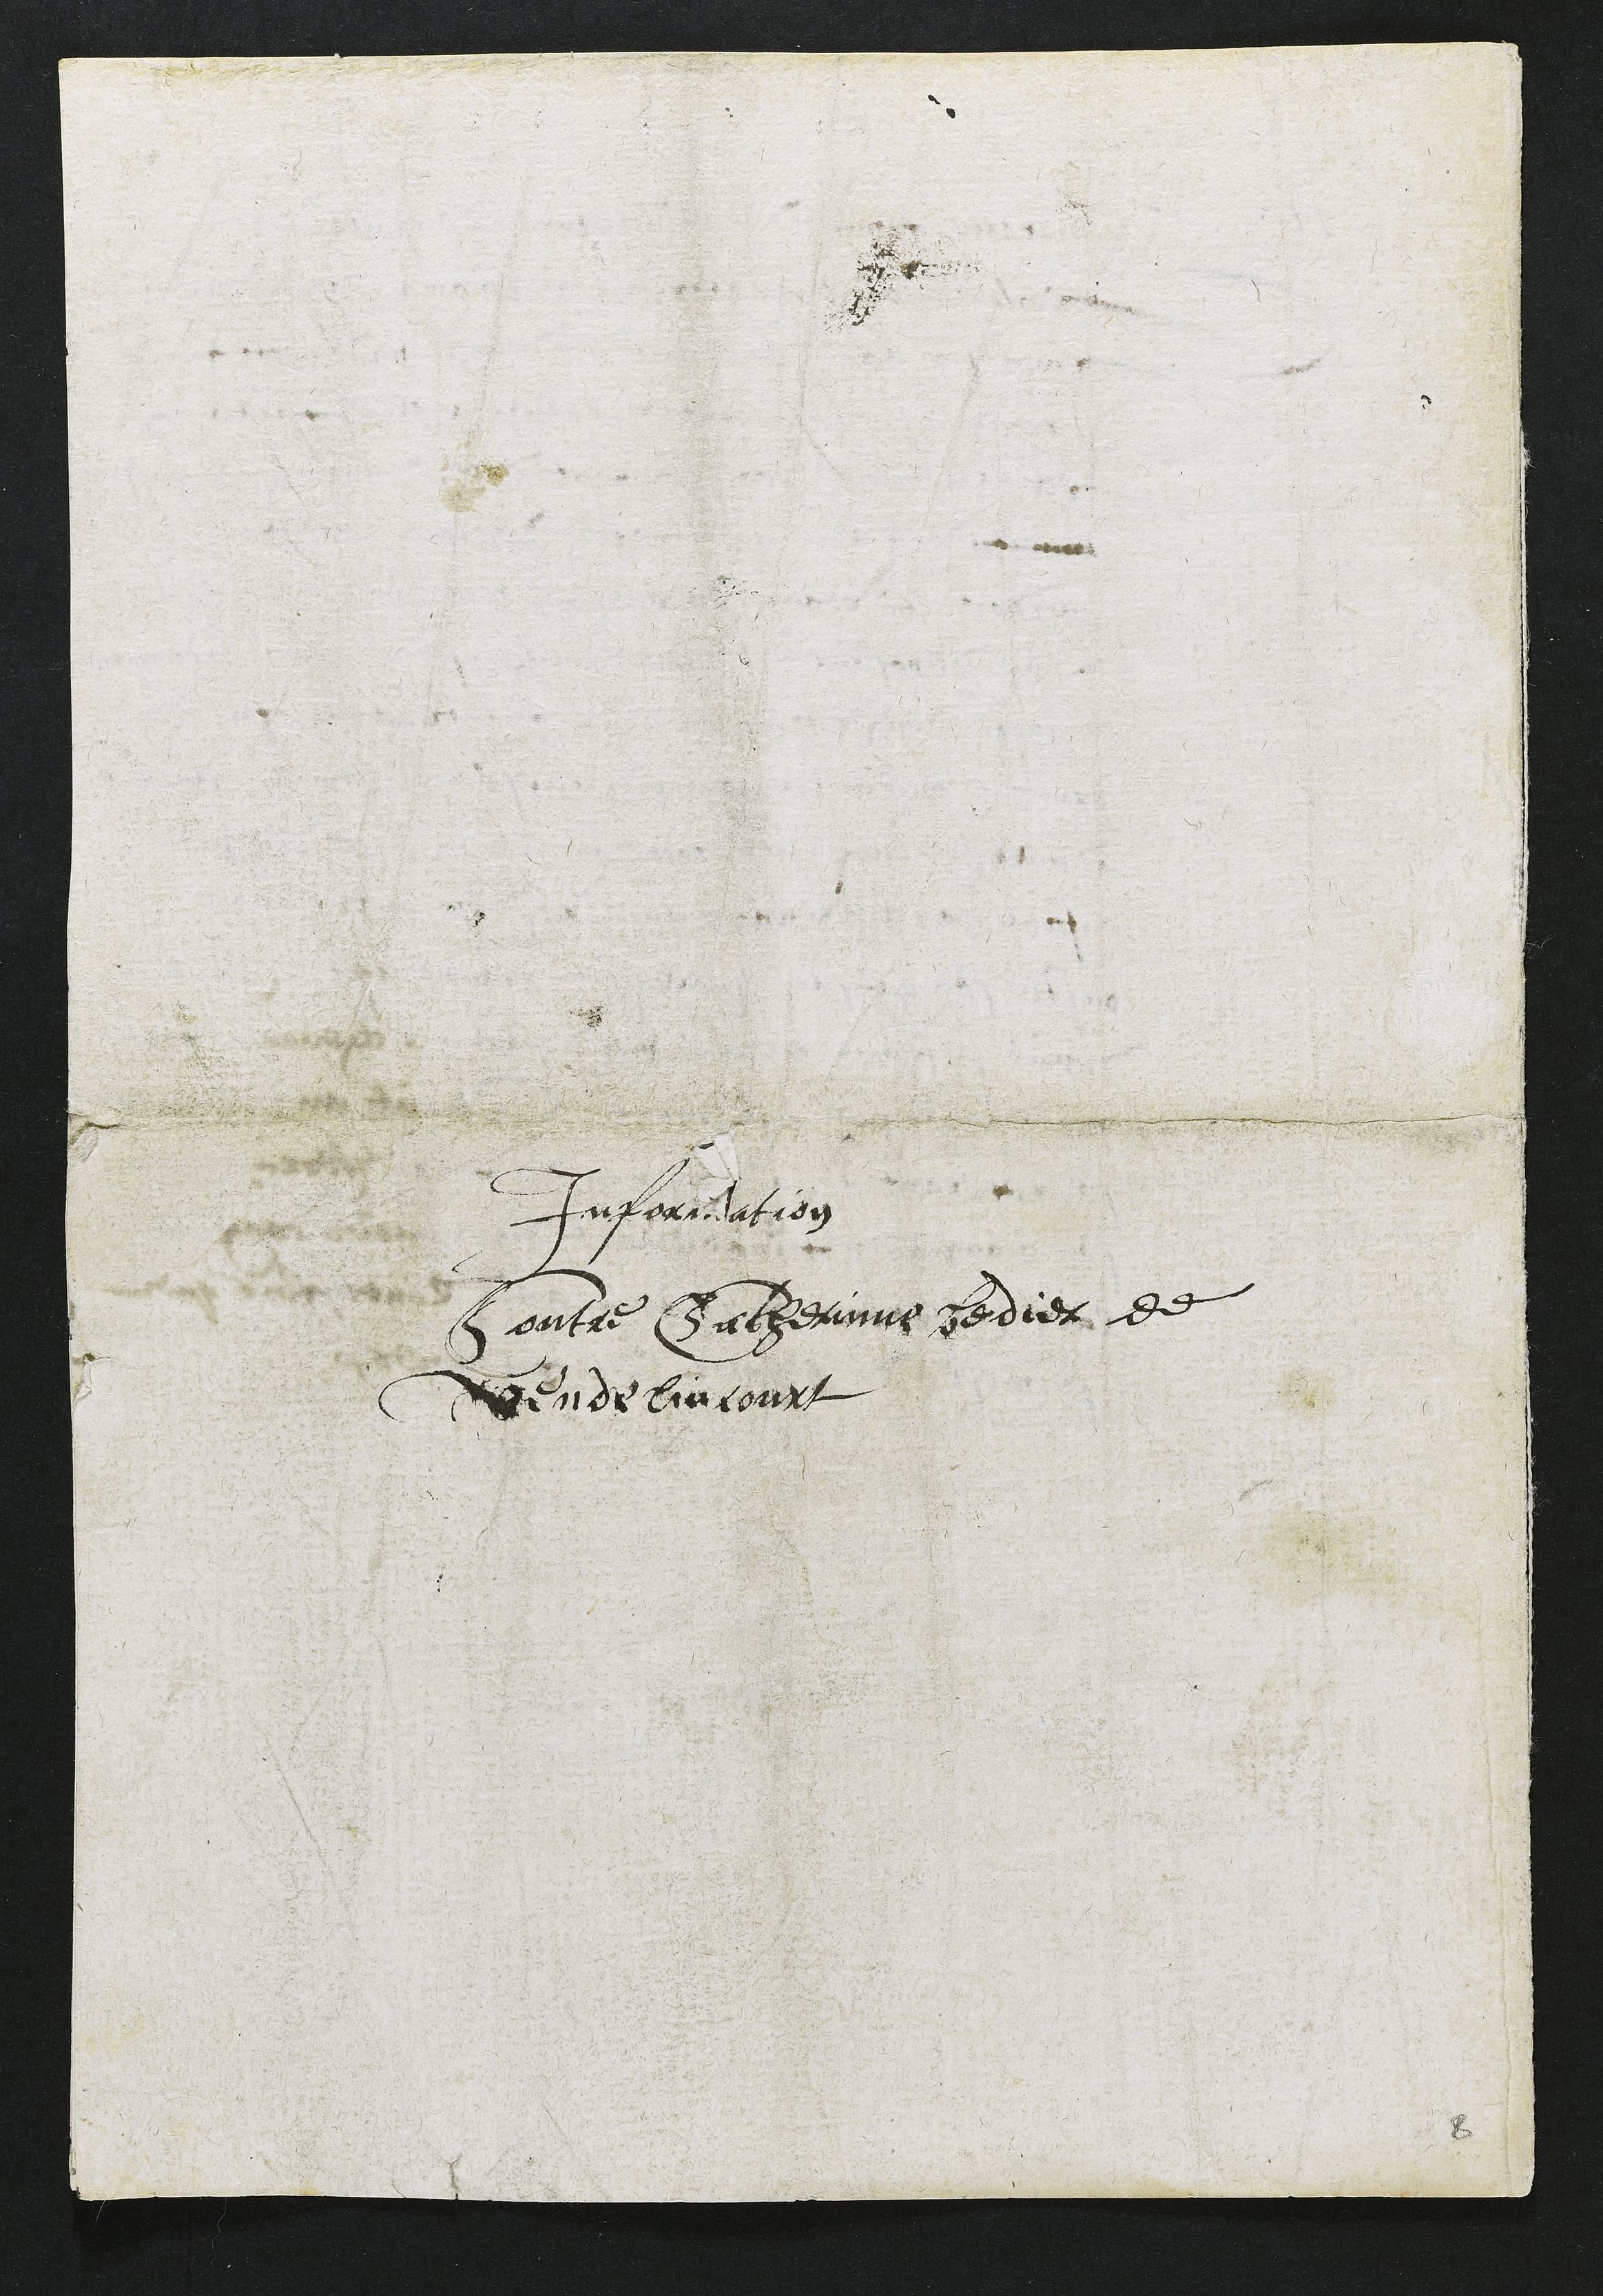
Information
Contre Catherinne bedier de
Vendelincourt

8